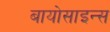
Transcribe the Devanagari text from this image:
बायोसाइन्स